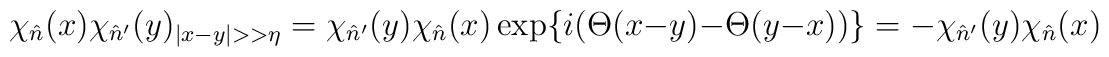
\chi_{\hat n}(x)\chi_{\hat n'}(y)_{|x-y|>>\eta}=\chi_{\hat n'}(y)\chi_{\hat n}(x)\exp\{i(\Theta(x-y)-\Theta(y-x))\}=-\chi_{\hat n'}(y)\chi_{\hat n}(x)